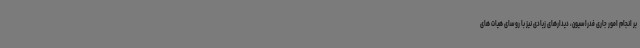
بر انجام امور جاری فدراسیون، دیدارهای زیادی نیز با روسای هیات های